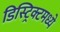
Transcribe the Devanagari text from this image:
डिस्ट्रिक्टमध्ये